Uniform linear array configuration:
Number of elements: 32
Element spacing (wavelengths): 0.75
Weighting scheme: uniform
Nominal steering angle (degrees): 60
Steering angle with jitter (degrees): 59.947
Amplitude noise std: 0.05
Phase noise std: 0.05

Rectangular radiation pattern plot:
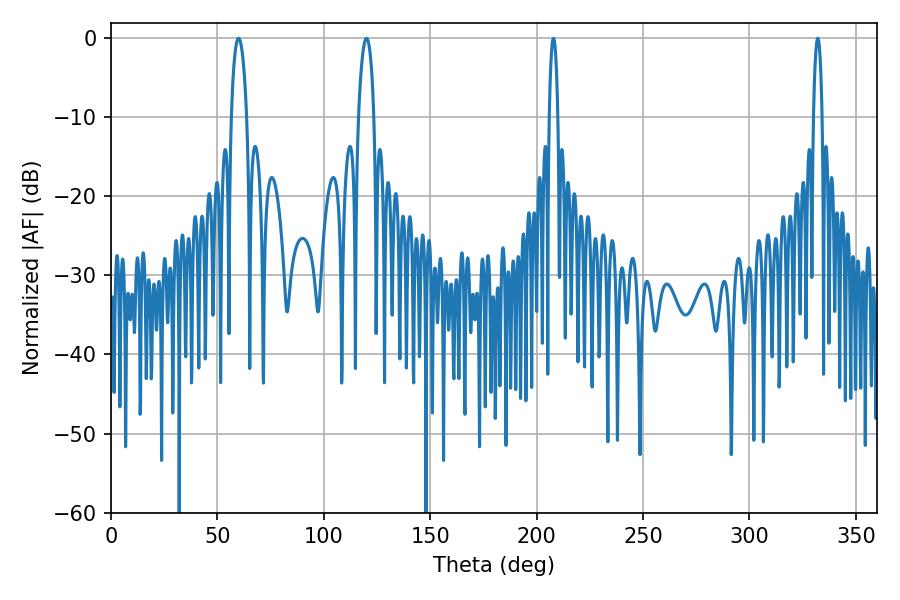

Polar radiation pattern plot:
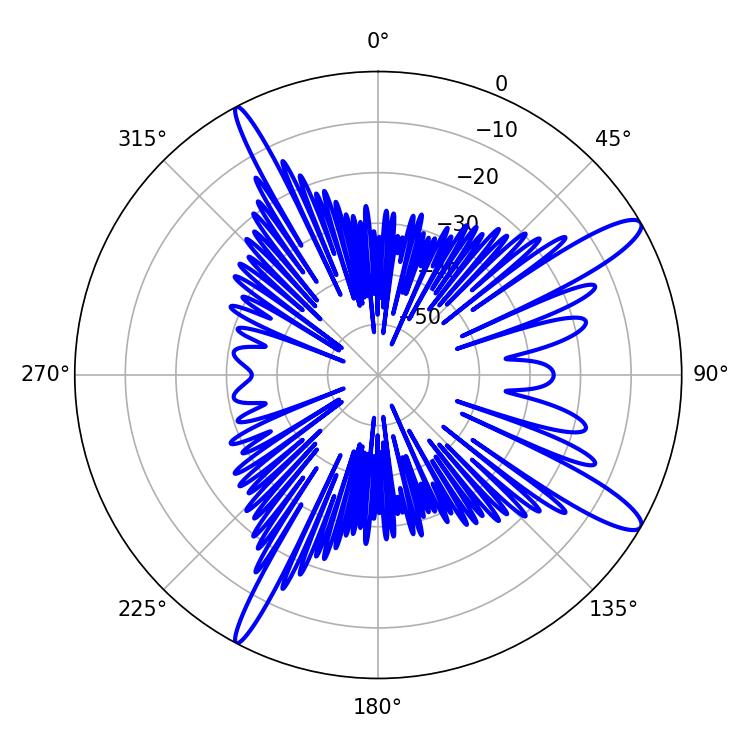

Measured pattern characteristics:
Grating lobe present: TRUE
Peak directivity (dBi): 13.048
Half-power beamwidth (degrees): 2.16
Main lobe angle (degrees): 207.9